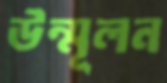
উন্মূলন